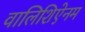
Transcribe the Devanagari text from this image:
वालिशिऐनम